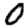
Digit: 0